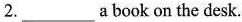
2.___ a book on the desk.